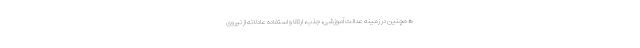
همچنین در زمینه عدالت آموزشی، جذب، ارتقا و استفاده عادلانه از نیروی